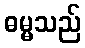
ဓမ္မသည်